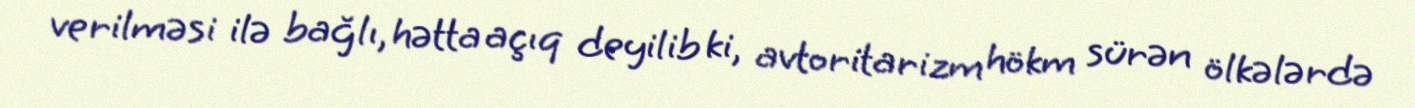
verilməsi ilə bağlı, hətta açıq deyilib ki, avtoritarizm hökm sürən ölkələrdə